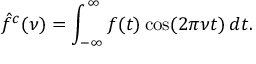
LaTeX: { \hat { f } } ^ { c } ( \nu ) = \int _ { - \infty } ^ { \infty } f ( t ) \cos ( 2 \pi \nu t ) \, d t .